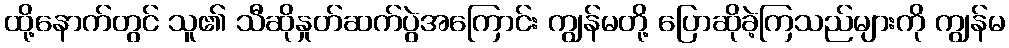
ထို့နောက်တွင် သူ၏ သီဆိုနှုတ်ဆက်ပွဲအကြောင်း ကျွန်မတို့ ပြောဆိုခဲ့ကြသည်များကို ကျွန်မ